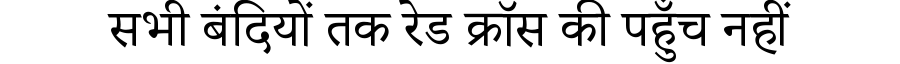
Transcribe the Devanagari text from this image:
सभी बंदियों तक रेड क्रॉस की पहुँच नहीं